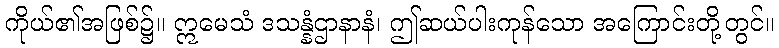
ကိုယ်၏အဖြစ်၌။ ဣမေသံ ဒသန္နံဌာနာနံ၊ ဤဆယ်ပါးကုန်သော အကြောင်းတို့တွင်။